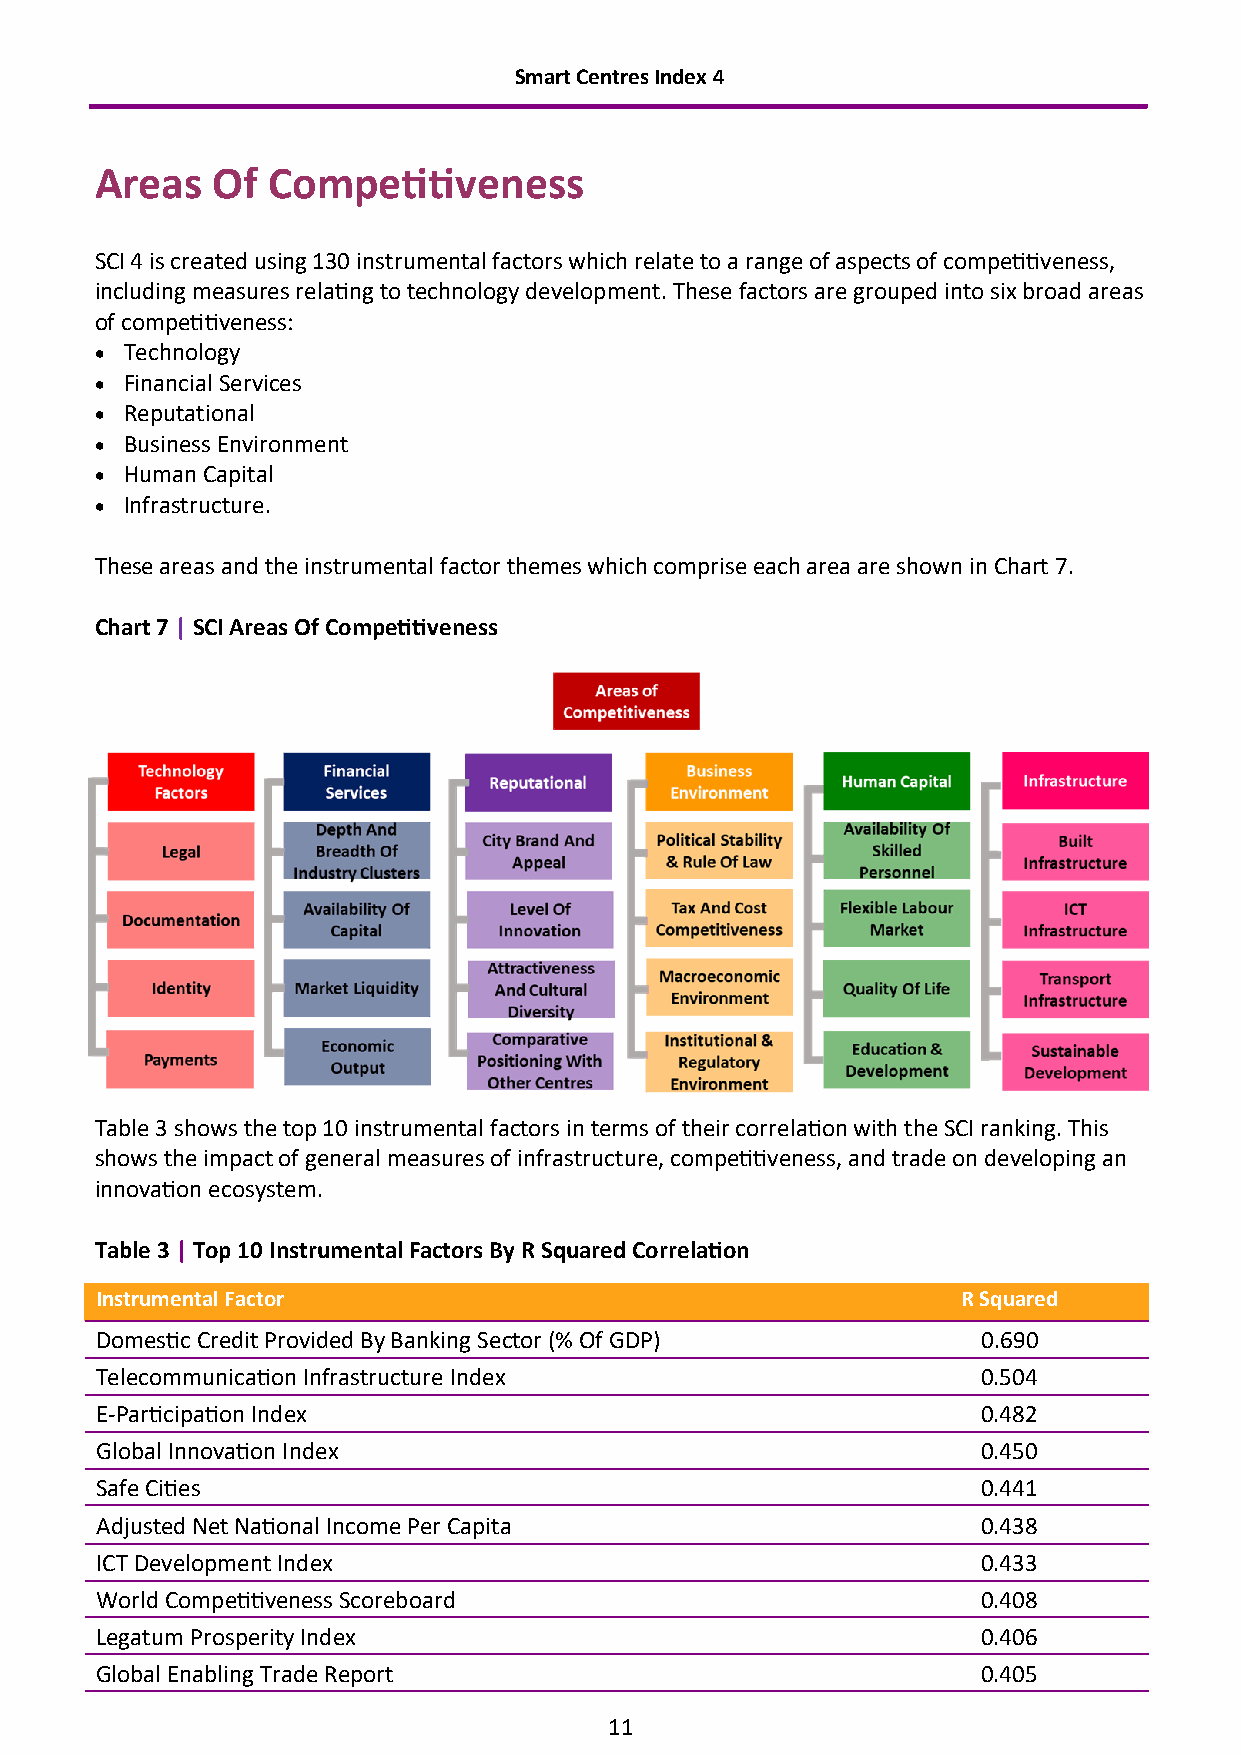
Smart Centres Index 4
 Areas   Of  Competitiveness
 SCI 4 is created using 130 instrumental factors which relate to a range of aspects of competitiveness,
 including measures relating to technology development. These factors are grouped into six broad areas
 of competitiveness:
 • Technology
 • Financial Services
 • Reputational
 • Business Environment
 • Human Capital
 • Infrastructure.
 These areas and the instrumental factor themes which comprise each area are shown in Chart 7.
 Chart 7 | SCI Areas Of Competitiveness
 Table 3 shows the top 10 instrumental factors in terms of their correlation with the SCI ranking. This
 shows the impact of general measures of infrastructure, competitiveness, and trade on developing an
 innovation ecosystem.
 Table 3 | Top 10 Instrumental Factors By R Squared Correlation
 Instrumental Factor                                       R Squared
 Domestic Credit Provided By Banking Sector (% Of GDP)      0.690
 Telecommunication Infrastructure Index                     0.504
 E-Participation Index                                      0.482
 Global Innovation Index                                    0.450
 Safe Cities                                                0.441
 Adjusted Net National Income Per Capita                    0.438
 ICT Development Index                                      0.433
 World Competitiveness Scoreboard                           0.408
 Legatum Prosperity Index                                   0.406
 Global Enabling Trade Report                               0.405
 11